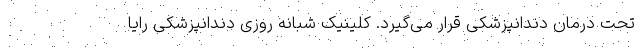
تحت درمان دندانپزشکی قرار می‌گیرد. کلینیک شبانه روزی دندانپزشکی رایا